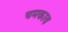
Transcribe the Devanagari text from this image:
चमकाव